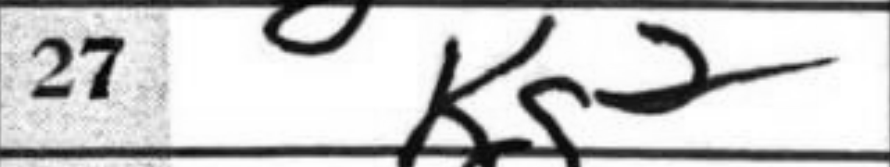
Transcription: Kg2